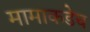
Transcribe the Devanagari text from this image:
मामाकडेच